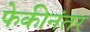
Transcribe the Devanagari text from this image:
फेकीनंतर